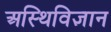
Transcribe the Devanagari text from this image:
अस्थिविज्ञान